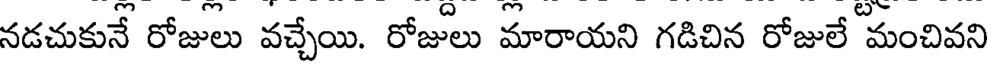
నడచుకునే రోజులు వచ్చేయి. రోజులు మారాయని గడిచిన రోజులే మంచివని